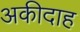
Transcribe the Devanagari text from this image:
अकीदाह